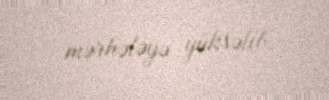
mərhələyə yüksəlib.